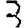
Digit: 3